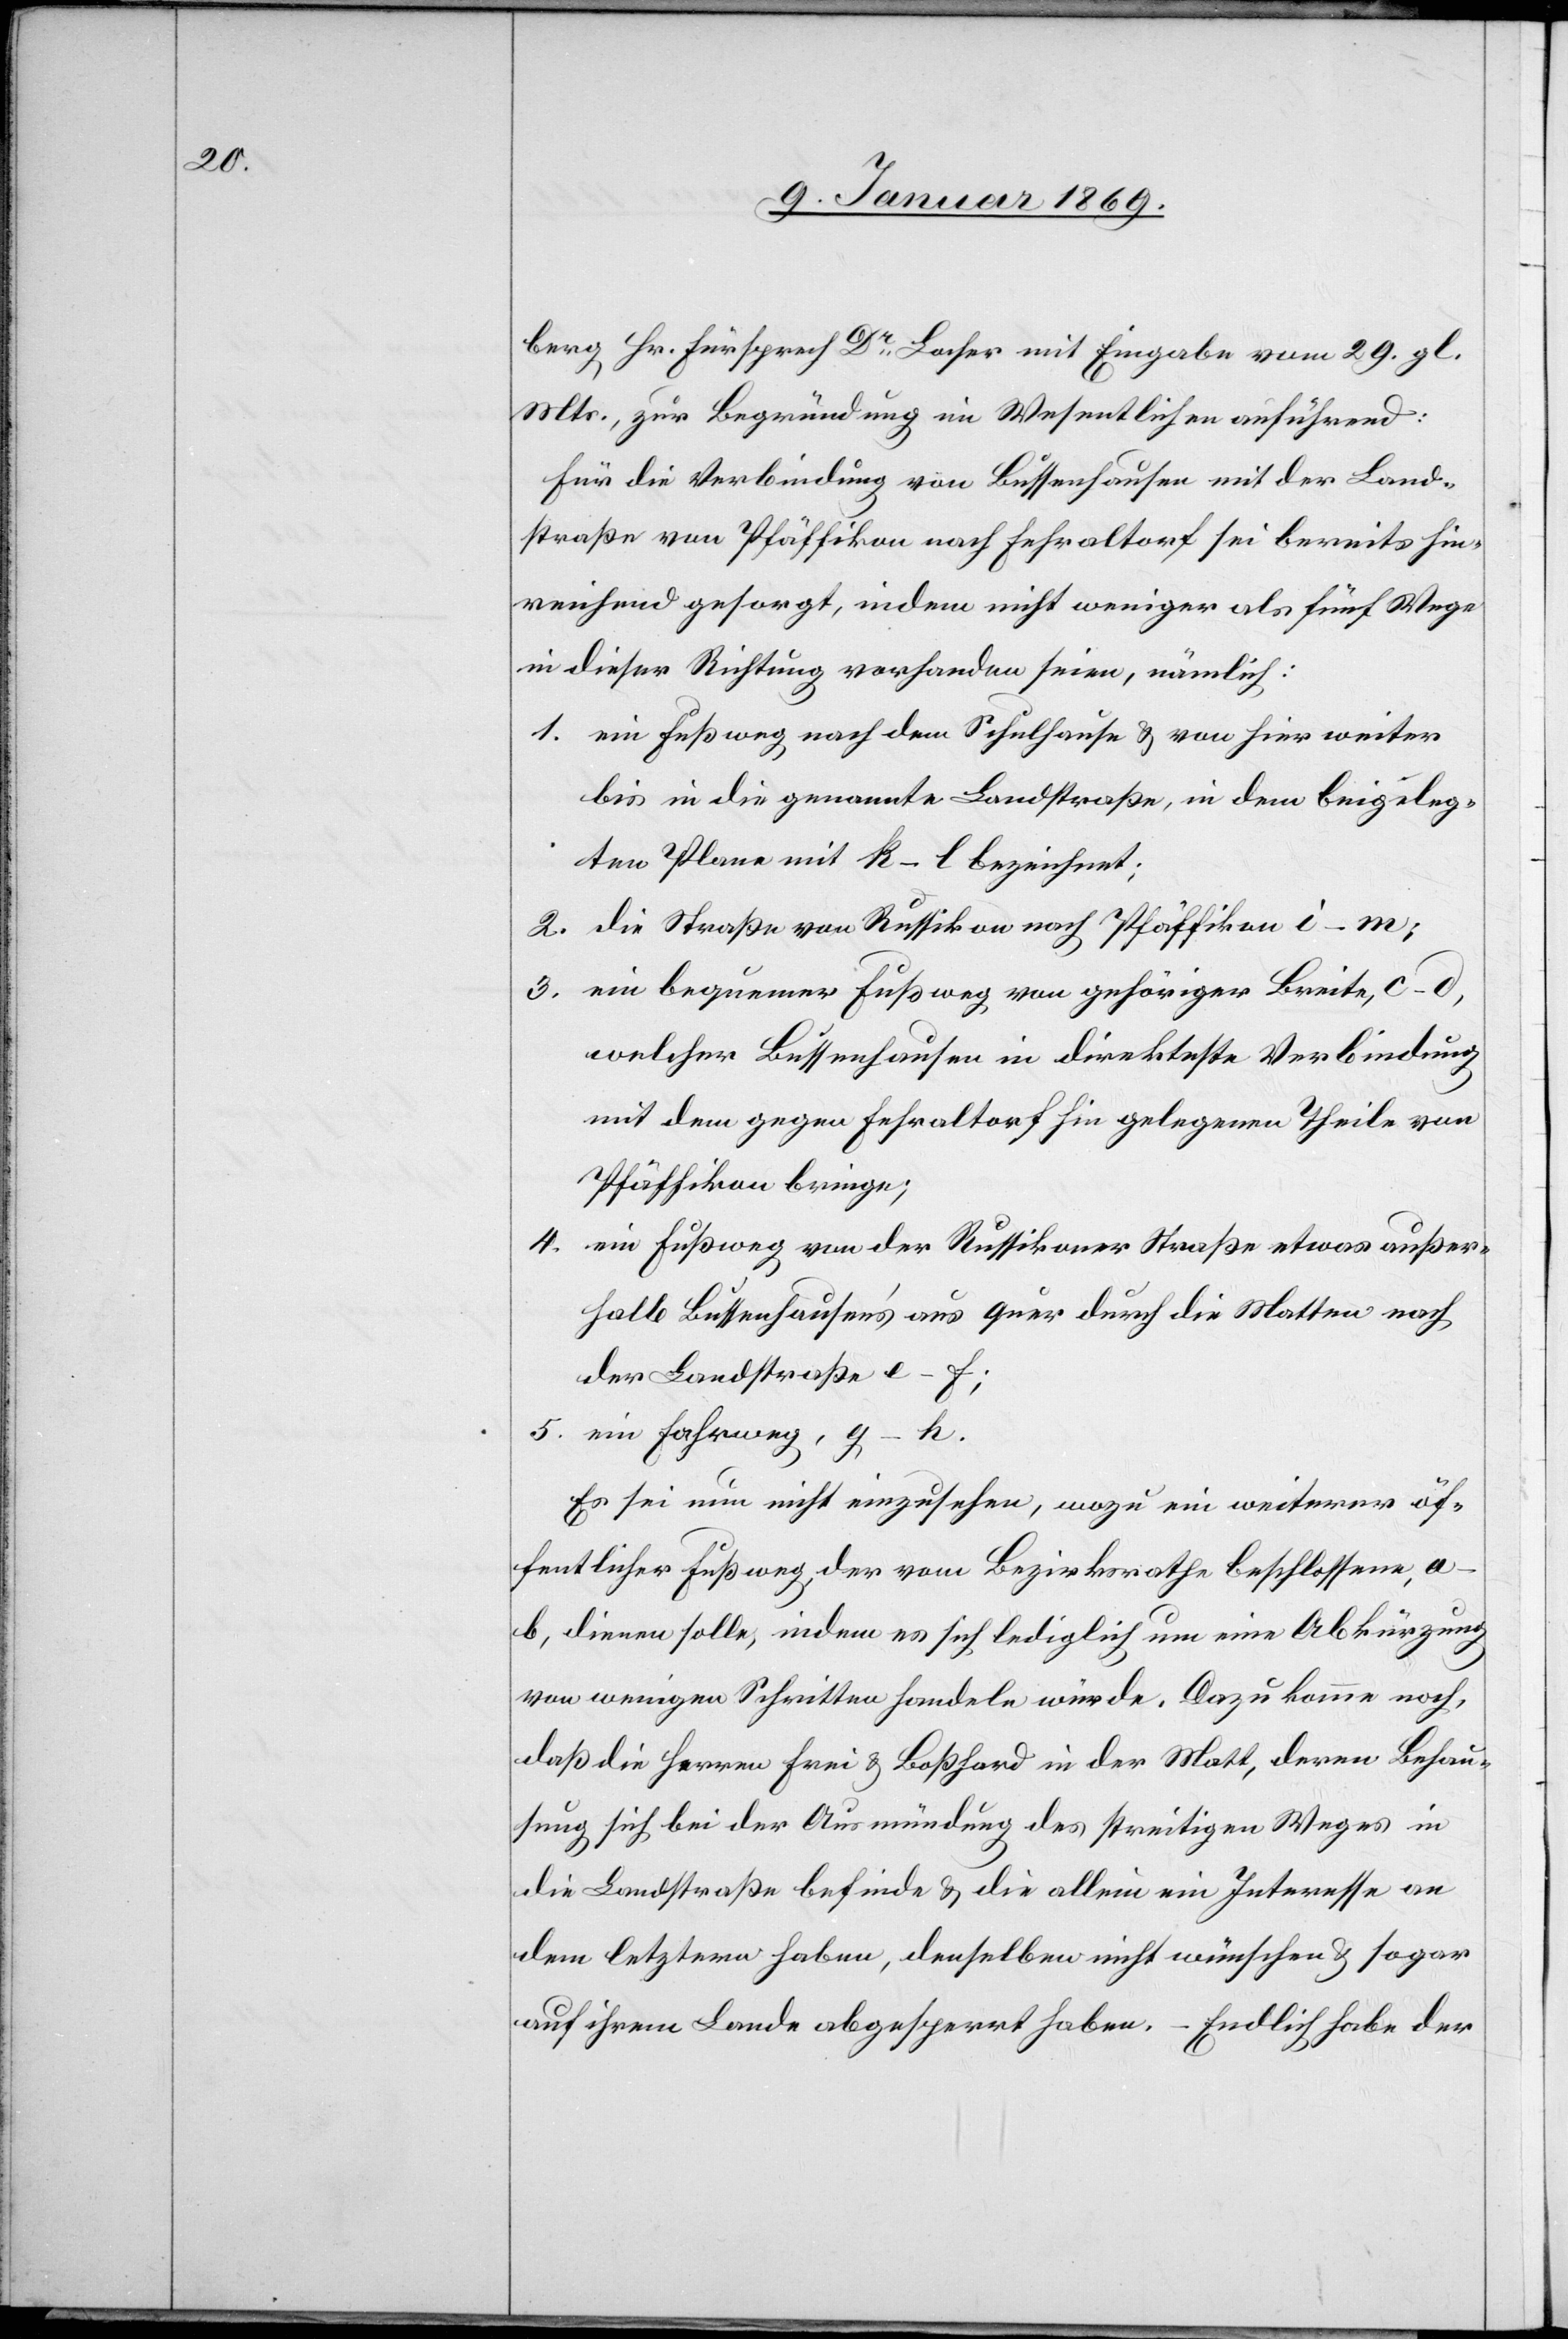
berg Hr. Fürsprech Dr Locher mit Eingabe vom 29 gl.
Mts., zur Begründung im Wesentlichen anführend:
Für die Verbindung von Bussenhausen mit der Land¬
straße von Pfäffikon nach Fehraltorf sei bereits hin¬
reichend gesorgt, indem nicht weniger als fünf Wege
in dieser Richtung vorhanden seien, nämlich:
1. ein Fußweg nach dem Schulhause u. von hier weiter
bis in die genannte Landstraße, in dem beigeleg¬
ten Plane mit k–l bezeichnet;
2. die Straße von Russikon nach Pfäffikon i–m;
3. ein bequemer Fußweg von gehöriger Breite, c–d,
welcher Bussenhausen in direkteste Verbindung
mit dem gegen Fehraltorf hin gelegenen Theile von
Pfäffikon bringe;
4. ein Fußweg von der Russikoner Straße etwas außer¬
halb Bussenhausen’s aus quer durch die Matten nach
der Landstraße e–f;
5. ein Fahrweg, g–h.
Es sei nun nicht einzusehen, wozu ein weiterer öf¬
fentlicher Fußweg, der vom Bezirksrathe beschlossene,
a–b, dienen solle, indem es sich lediglich um eine Abkürzung
von wenigen Schritten handeln würde. Dazu komme noch,
daß die Herren Frei u. Boßhard in der Matt, deren Behau¬
sung sich bei der Ausmündung des streitigen Weges in
die Landstraße befinde u. die allein ein Interesse an
dem letztern haben, denselben nicht wünschen u. sogar
auf ihrem Lande abgetrennt haben. – Endlich habe der